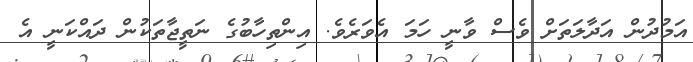
އަމުދުން އަދާލަތަށް ވެސް ވާނީ ހަމަ އެވަރެވެ. އިންތިހާބުގެ ނަތީޖާތަކުން ދައްކަނީ އެ